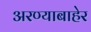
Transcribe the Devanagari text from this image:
अरण्याबाहेर